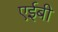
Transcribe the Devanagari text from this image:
एईबी